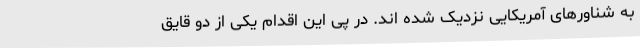
به شناورهای آمریکایی نزدیک شده اند. در پی این اقدام یکی از دو قایق